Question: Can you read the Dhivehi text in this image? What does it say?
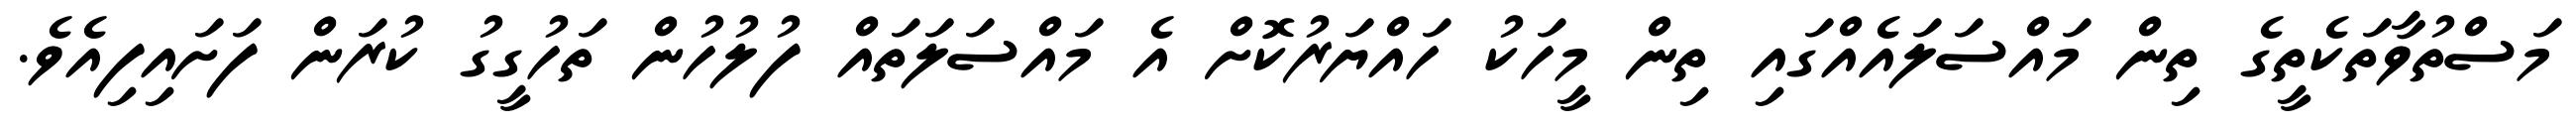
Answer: މަސްތުވާތަކެތީގެ ތިން މައްސަލައެއްގައި ތިން މީހަކު ހައްޔަރުކޮށް އެ މައްސަލަތައް ފުލުހުން ތަހުގީގު ކުރަން ފަށައިފިއެވެ.